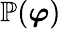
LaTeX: \mathbb{P}(\boldsymbol{\varphi})